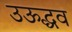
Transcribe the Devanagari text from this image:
उऊद्धव